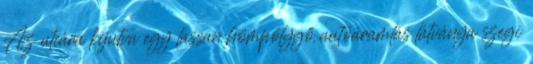
Az utcára kijutva egy lassan hömpölygő autóáramlás látványa szegi